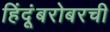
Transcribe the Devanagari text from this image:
हिंदूंबरोबरची